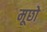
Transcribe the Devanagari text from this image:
मूछो